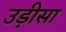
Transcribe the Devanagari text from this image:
उड़़ीसा